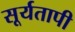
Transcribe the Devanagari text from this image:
सूर्यतापी